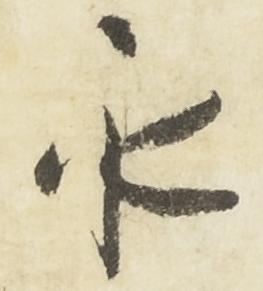
永